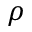
\rho